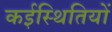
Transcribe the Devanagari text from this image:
कईस्थितियों